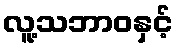
လူ့သဘာဝနှင့်